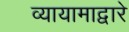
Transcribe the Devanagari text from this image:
व्यायामाद्वारे